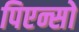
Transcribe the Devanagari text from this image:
पिएन्सो